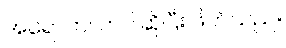
အရောက်လာပါဆိုပြီး ဖိတ်သည်။